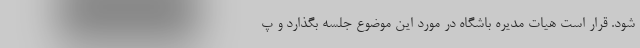
شود. قرار است هیات مدیره باشگاه در مورد این موضوع جلسه بگذارد و پ